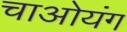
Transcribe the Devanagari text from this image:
चाओयंग